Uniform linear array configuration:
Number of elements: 64
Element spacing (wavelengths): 0.75
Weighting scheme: blackman
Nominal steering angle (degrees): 0
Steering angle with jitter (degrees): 0.2234
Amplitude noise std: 0.05
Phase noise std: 0.05

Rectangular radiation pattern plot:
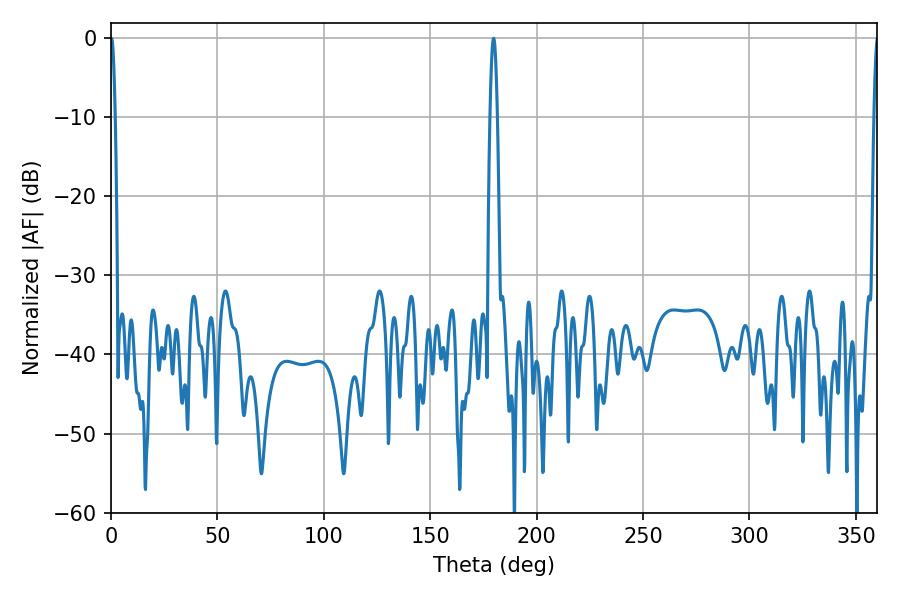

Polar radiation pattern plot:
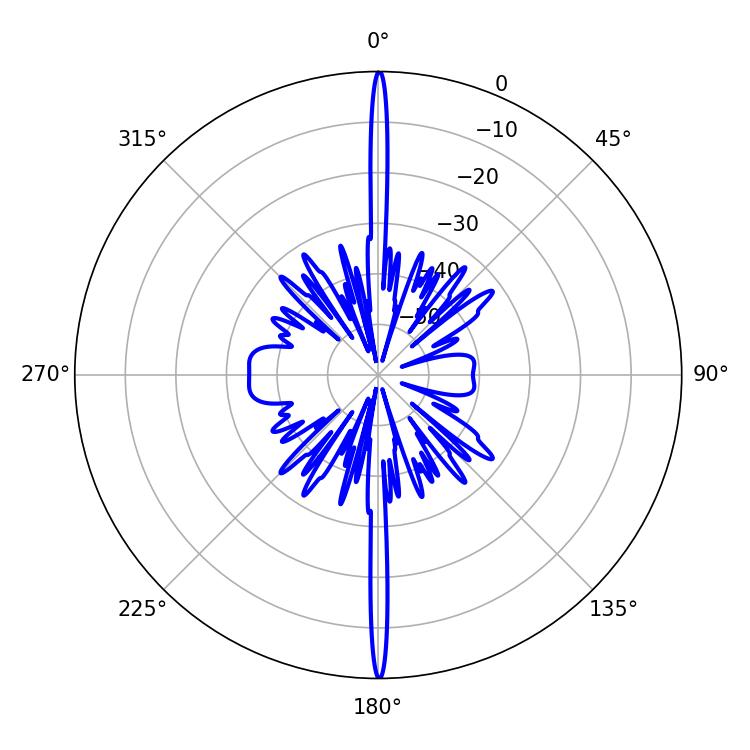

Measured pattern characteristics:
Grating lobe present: TRUE
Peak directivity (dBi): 41.382
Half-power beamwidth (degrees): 1.08
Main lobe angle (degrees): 0.18